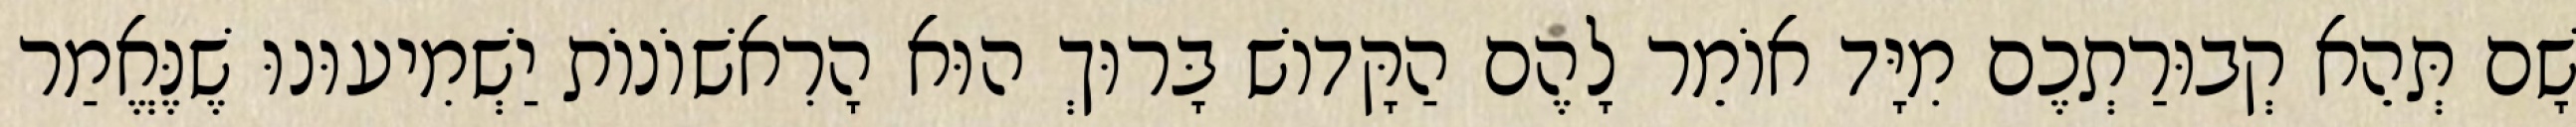
שָׁם תְּהֵא קְבוּרַתְכֶם מִיָּד אוֹמֵר לָהֶם הַקָּדוֹשׁ בָּרוּךְ הוּא הָרִאשׁוֹנוֹת יַשְׁמִיעוּנוּ שֶׁנֶּאֱמַר